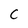
Character: C